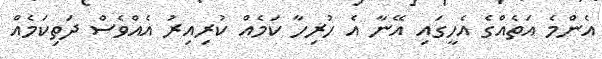
އެންމެ އަތެއްގެ އެހީގައި އޭނާ އެ ހުރިހާ ކަމެއް ކުރިއިރު އެއްވެސް ދަތިކަމެއް